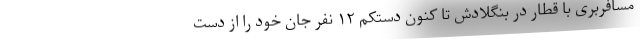
مسافربری با قطار در بنگلادش تا کنون دستکم ۱۲ نفر جان خود را از دست